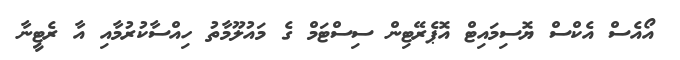
އޯއެސް އެކްސް ޔޮސިމައިޓް އޮޕެރޭޓިން ސިސްޓަމް ގެ މައުލޫމާތު ހިއްސާކުރުމާއި އާ ރެޓީނާ